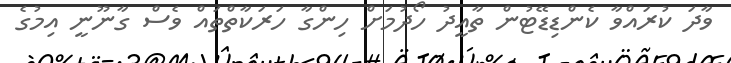
ވާދަ ކުރައްވާ ކެންޑިޑޭޓުން ތާއީދު ހޯދުމަށް ހިންގާ ހަރަކާތްތައް ވެސް ގާނޫނީ އިމުގެ